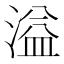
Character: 溢